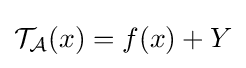
{\mathcal {T}}_{\mathcal {A}}(x)=f(x)+Y\,\!